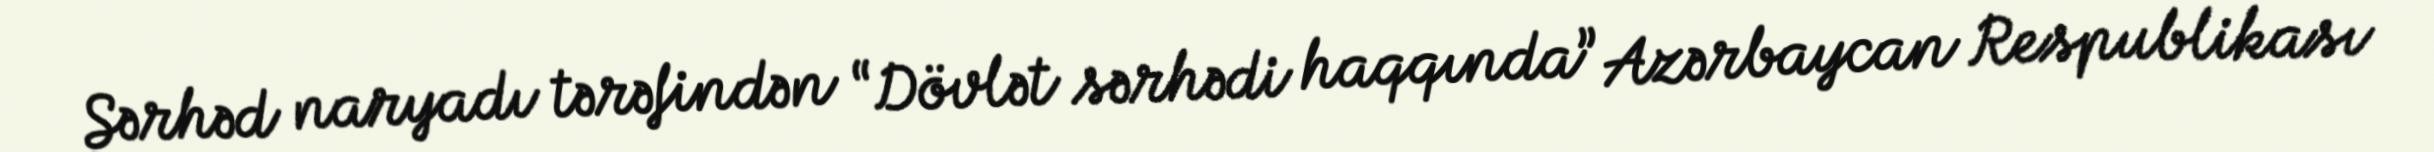
Sərhəd naryadı tərəfindən “Dövlət sərhədi haqqında” Azərbaycan Respublikası